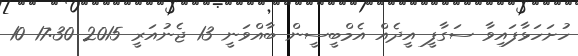
ހުށަހަޅާފައިވާ ސަގާފީ އީދެއް އެމްބީސީން ބާއްވަނީ 13 ޖެނުއަރީ 2015 17:30 10